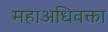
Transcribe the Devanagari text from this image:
महाअधिवक्ता